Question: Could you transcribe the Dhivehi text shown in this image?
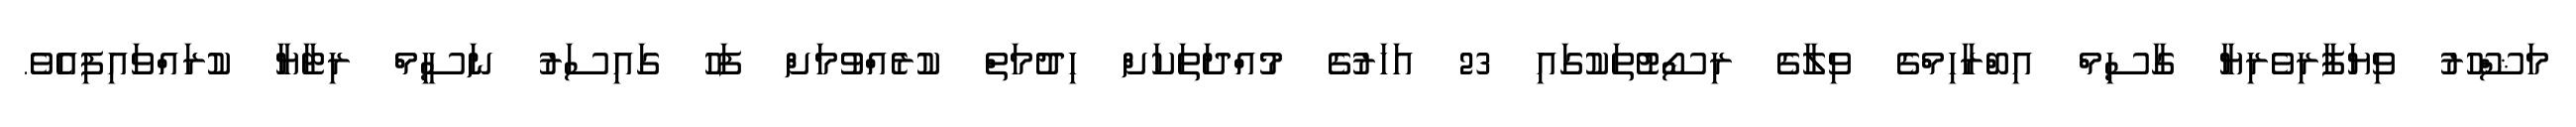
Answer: މަޝްހޫރު ވިޔަފާރިވެރިޔާ ގާސިމް އިބްރާހިމްގެ ވިލާގެ ރިސޯޓުތަކުގައި 23 އަހަރުގެ މުއްދަތަކަށް ހިދުމަތް ކުރެއްވުމަށް ފަހު ގައިސަރު ނަސީމް ރިޓާޔާ ކުރައްވައިފިއެވެ.